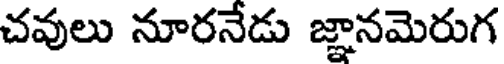
చవులు నూరనేడు జ్ఞానమెరుగ